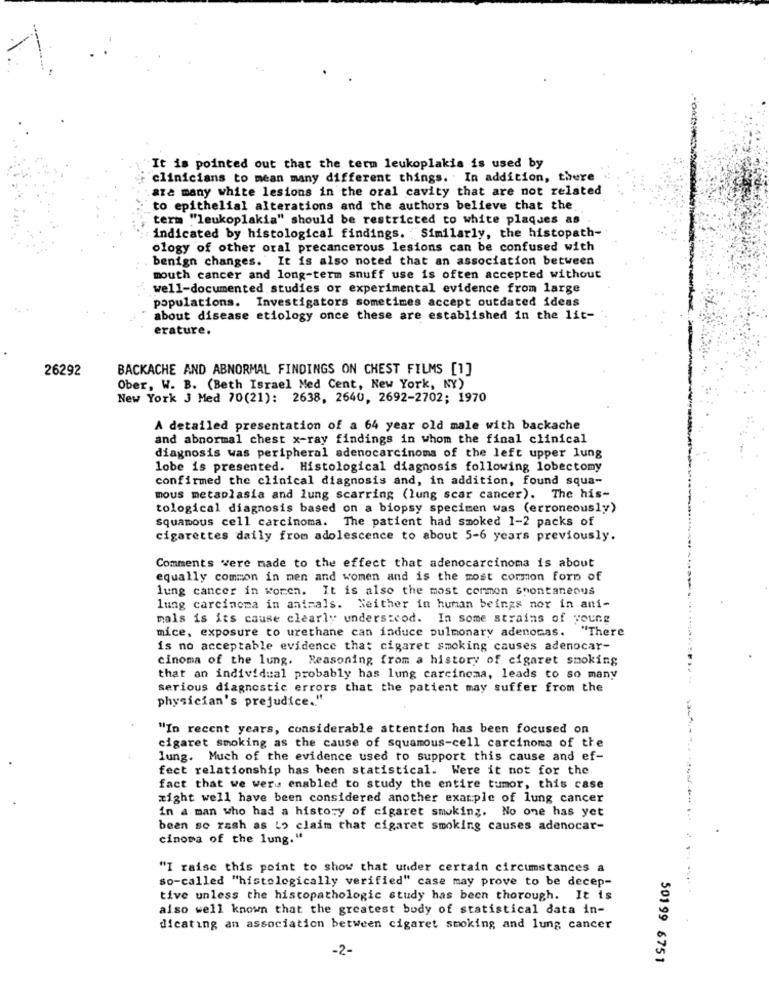
1
It is pointed out that the term leukoplakis is used by
clinicians to mean many different things. In addition, there
.aza many white lesions in the oral cavity that are not related
to epithelial alterations and the authors believe that the
term "leukoplakia" should be restricted to white plaques as
indicated by histological findings. Similarly, the histopath-
ology of other oral precancerous lesions can be confused with
benign changes. It is also noted that an association between
mouth cancer and long-term snuff use is often accepted without
well-documented studies or experimental evidence from large
populations. Investigators sometimes accept outdated ideas
about disease etiology once these are established in the lit-
erature.
26292
BACKACHE AND ABNORMAL FINDINGS ON CHEST FILMS [1]
Ober, W. B. (Beth Israel Med Cent, New York, NY)
New York J Med 70(21): 2638, 2640, 2692-2702; 1970
A detailed presentation of a 64 year old male with backache
and abnormal chest x-ray findings in whom the final clinical
diagnosis was peripheral adenocarcinoma of the left upper lung
lobe is presented. Histological diagnosis following lobectomy
confirmed the clinical diagnosis and, in addition, found squa-
mous metaplasia and lung scarring (lung scar cancer). The his-
tological diagnosis based on a biopsy specimen was (erroneously)
squamous cell carcinoma. The patient had smoked 1-2 packs of
cigarettes daily from adolescence to about 5-6 years previously.
Comments were made to the effect that adenocarcinoma is about
equally common in men and women and is the most common form of
lung cancer in women. It is also the most common spontaneous
lung carcinoma in animals. Neither in human beings nor in ani-
mals is its cause clearly understood. In some strains of young
mice, exposure to urethane can induce pulmonary adenomas.
"There
is no acceptable evidence that cigaret smoking causes adenocar-
cinoma of the lung. Reasoning from a history of cigaret smoking
that an individual probably has lung carcinoma, leads to so many
serious diagnostic errors that the patient may suffer from the
physician's prejudice."
"In recent years, considerable attention has been focused on
cigaret smoking as the cause of squamous-cell carcinoma of the
lung. Much of the evidence used to support this cause and ef-
fect relationship has been statistical. Were it not for the
fact that we were enabled to study the entire tumor, this case
xight well have been considered another example of lung cancer
in a man who had a history of cigaret smoking. No one has yet
been so rash as Lo claim that cigaret smoking causes adenocar-
cinoma of the lung."
"I raise this point to show that under certain circumstances a
so-called "histologically verified" case may prove to be decep-
tive unless the histopathologic study has been thorough. It is
also well known that the greatest body of statistical data in-
dicating an association between cigaret smoking and lung cancer
-2-
50199 6751